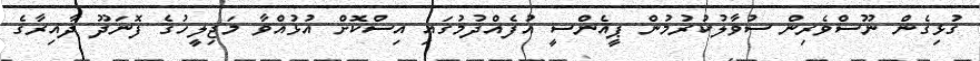
ގުޅިގެން ނޫސްވެރިން ސުވާލުކުރުމުން ޕީއެންސީ އުފެއްދުމުގައި އިސްކޮށް އުޅުއްވާ މަޖިލީހުގެ ފޮނަދޫ ދާއިރާގެ